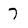
Character: 7